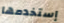
إستخدمها